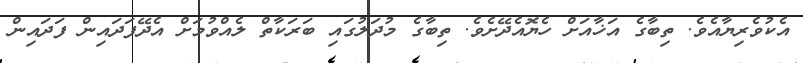
އެކުވެރިޔާއެވެ. ތިބާގެ އަޚާއަށް ހެޔޮއެދޭށެވެ. ތިބާގެ މުދަލުގައި ބަރަކާތް ލެއްވުމަށް އެދޭފަދައިން ފަދައިން